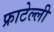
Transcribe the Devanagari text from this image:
फ्राटेल्ली